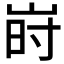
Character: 𱛬